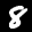
Label: 8